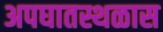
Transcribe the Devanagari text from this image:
अपघातस्थळास